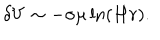
\delta V \sim - \sigma \mu \ln \left( H r \right) .